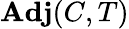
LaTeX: \mathbf{Adj}(C,T)